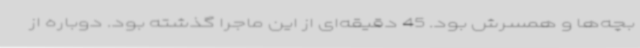
بچه‌ها و همسرش بود. 45 دقیقه‌ای از این ماجرا گذشته بود. دوباره از